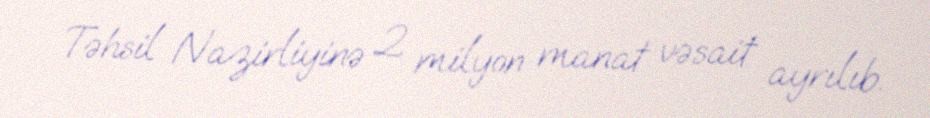
Təhsil Nazirliyinə 2 milyon manat vəsait ayrılıb.